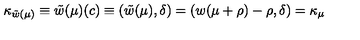
\kappa _ { \tilde { w } ( \mu ) } \equiv \tilde { w } ( \mu ) ( c ) \equiv ( \tilde { w } ( \mu ) , \delta ) = ( w ( \mu + \rho ) - \rho , \delta ) = \kappa _ { \mu }